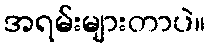
အရမ်းများတာပဲ။